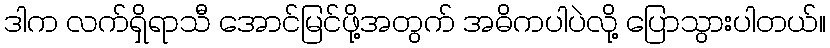
ဒါက လက်ရှိရာသီ အောင်မြင်ဖို့အတွက် အဓိကပါပဲလို့ ပြောသွားပါတယ်။